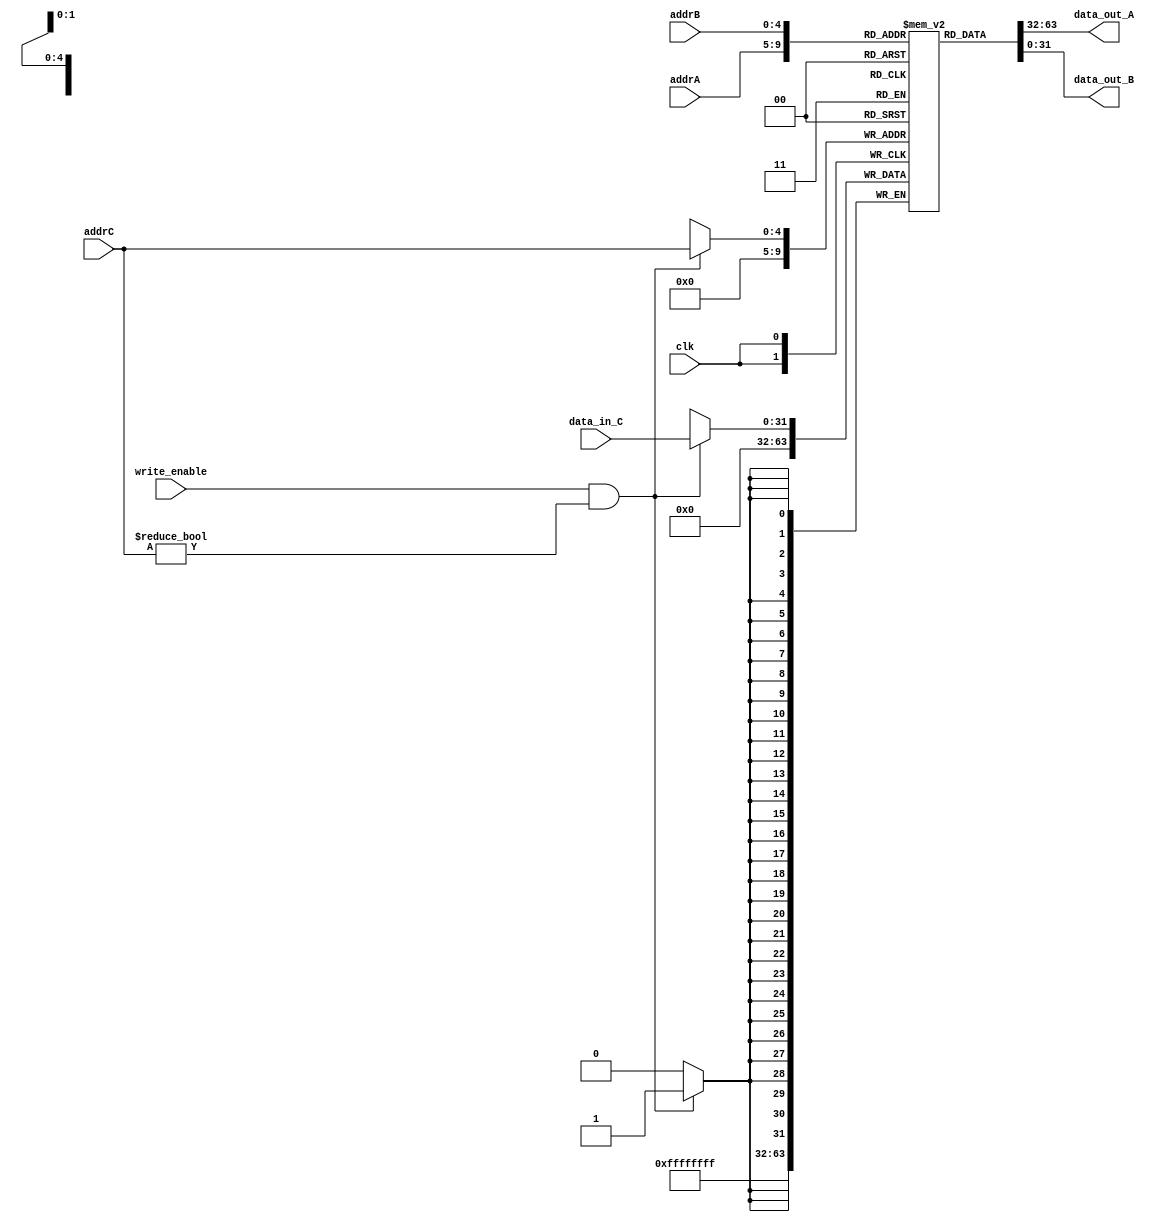
module gpr(                //general oorpuse register code
    input clk,
    input write_enable,
    input [4:0] addrA,
    input [4:0] addrB,
    input [4:0] addrC,
    input [31:0] data_in_C,
    output reg [31:0] data_out_A,
    output reg [31:0] data_out_B
);

	 
	

	reg [31:0] registers [0:31];

	initial begin

		 
		 
	end

	

	always @ (posedge clk) begin
		 
		 if (write_enable && addrC != 0)
			  registers[addrC] = data_in_C;
		
		
		
		 registers[0] = 32'b0;
		 
	end

	

	always @ (addrA or addrB or write_enable) begin

		 data_out_A = registers[addrA];
		 data_out_B = registers[addrB];
		 
	end

endmodule